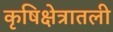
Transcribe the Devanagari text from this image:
कृषिक्षेत्रातली